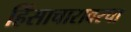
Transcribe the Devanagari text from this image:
हिंसाचारावरचा